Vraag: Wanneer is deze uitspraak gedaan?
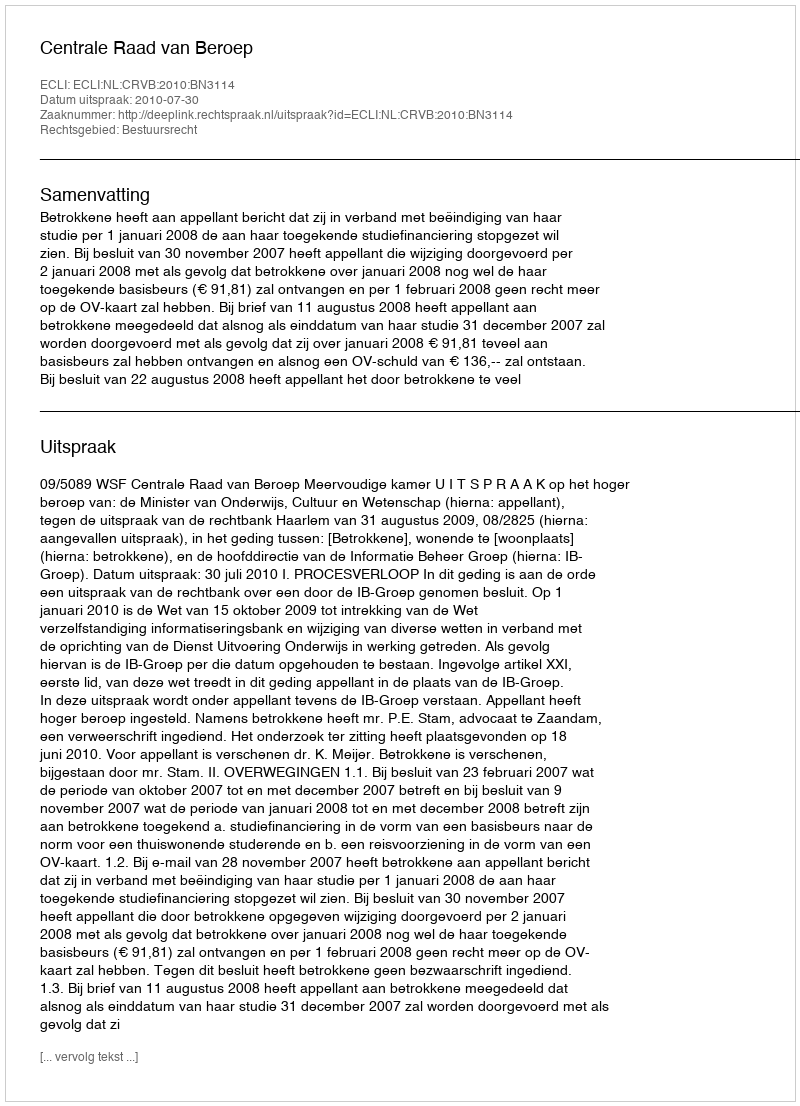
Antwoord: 2010-07-30